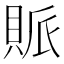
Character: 𧵬